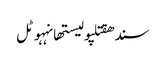
سندھقتلپولیستھانہہوٹل